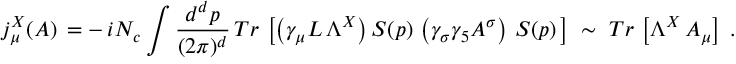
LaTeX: j _ { \mu } ^ { X } ( { \cal { A } } ) \, = - \, i N _ { c } \int \frac { d ^ { d } p } { ( 2 \pi ) ^ { d } } \, T r \, \left[ \left( \gamma _ { \mu } L \, \Lambda ^ { X } \right) S ( p ) \, \left( \gamma _ { \sigma } \gamma _ { 5 } { \cal { A } } ^ { \sigma } \right) \, S ( p ) \, \right] \; \sim \; T r \, \left[ \Lambda ^ { X } \, { \cal { A } } _ { \mu } \right] \; .